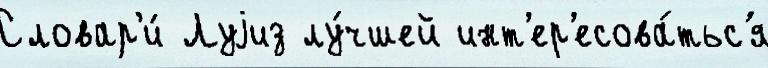
Словар'и́ Луjиз лу́чшей инт'ер'есова́тьс'я